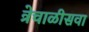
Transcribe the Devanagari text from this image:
त्रेचाळीसवा